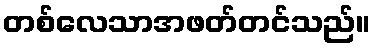
တစ်လေသာအဖတ်တင်သည်။